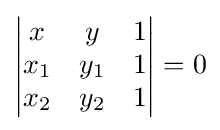
{\begin{vmatrix}x&y&1\\x_{1}&y_{1}&1\\x_{2}&y_{2}&1\end{vmatrix}}=0